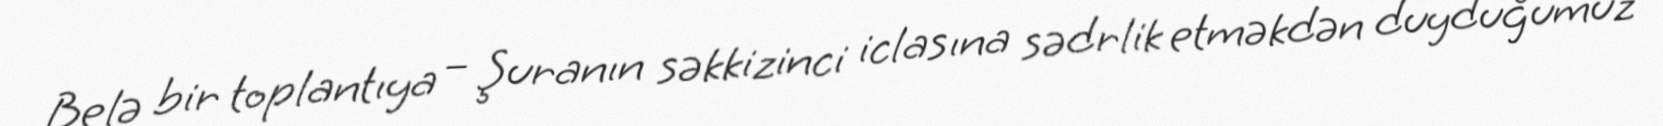
Belə bir toplantıya – Şuranın səkkizinci iclasına sədrlik etməkdən duyduğumuz